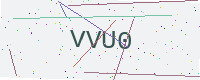
Text: VVU0